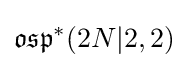
{\mathfrak {osp}}^{*}(2N|2,2)